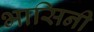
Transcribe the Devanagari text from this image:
भासिनी